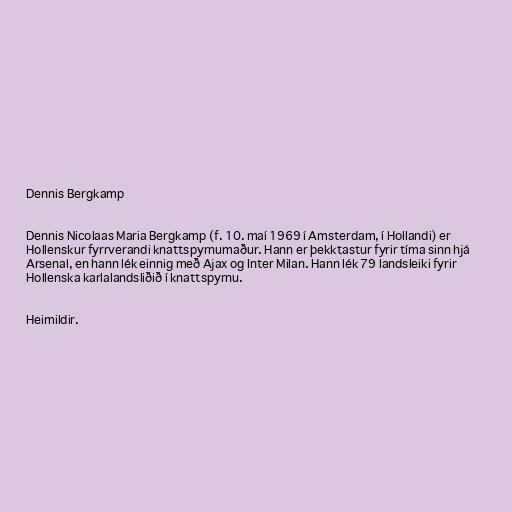
Dennis Bergkamp

Dennis Nicolaas Maria Bergkamp (f. 10. maí 1969 í Amsterdam, í Hollandi) er
Hollenskur fyrrverandi knattspyrnumaður. Hann er þekktastur fyrir tíma sinn hjá
Arsenal, en hann lék einnig með Ajax og Inter Milan. Hann lék 79 landsleiki fyrir
Hollenska karlalandsliðið í knattspyrnu.

Heimildir.